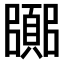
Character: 𮨘